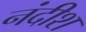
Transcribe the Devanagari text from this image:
नंदीश